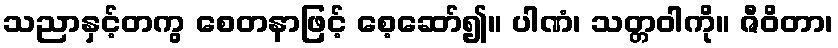
သညာနှင့်တကွ စေတနာဖြင့် စေ့ဆော်၍။ ပါဏံ၊ သတ္တဝါကို။ ဇီဝိတာ၊